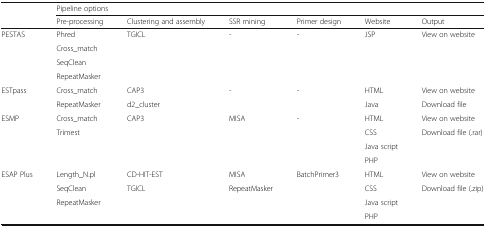
| <ROWSPAN=2>  | <COLSPAN=6> Pipeline options |
 | Pre-processing | Clustering and assembly | SSR mining | Primer design | Website | Output |
 | --- | --- | --- | --- | --- | --- | --- |
 | <ROWSPAN=4> PESTAS | Phred | <ROWSPAN=4> TGICL | <ROWSPAN=4> - | <ROWSPAN=4> - | <ROWSPAN=4> JSP | <ROWSPAN=4> View on website |
 | Cross_match |
 | SeqClean |
 | RepeatMasker |
 | <ROWSPAN=2> ESTpass | Cross_match | CAP3 | <ROWSPAN=2> - | <ROWSPAN=2> - | HTML | View on website |
 | RepeatMasker | d2_cluster | Java | Download file |
 | <ROWSPAN=4> ESMP | Cross_match | <ROWSPAN=4> CAP3 | <ROWSPAN=4> MISA | <ROWSPAN=4> - | HTML | View on website |
 | <ROWSPAN=3> Trimest | CSS | <ROWSPAN=3> Download file (.rar) |
 | Java script |
 | PHP |
 | <ROWSPAN=4> ESAP Plus | Length_N.pl | CD-HIT-EST | MISA | <ROWSPAN=4> BatchPrimer3 | HTML | View on website |
 | SeqClean | <ROWSPAN=3> TGICL | <ROWSPAN=3> RepeatMasker | CSS | <ROWSPAN=3> Download file (.zip) |
 | <ROWSPAN=2> RepeatMasker | Java script |
 | PHP |